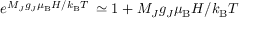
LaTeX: e ^ { M _ { J } g _ { J } \mu _ { \mathrm { B } } H / k _ { \mathrm { B } } T \; } \simeq 1 + M _ { J } g _ { J } \mu _ { \mathrm { B } } H / k _ { \mathrm { B } } T